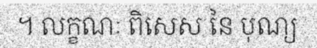
។ លក្ខណៈ ពិសេស នៃ បុណ្យ